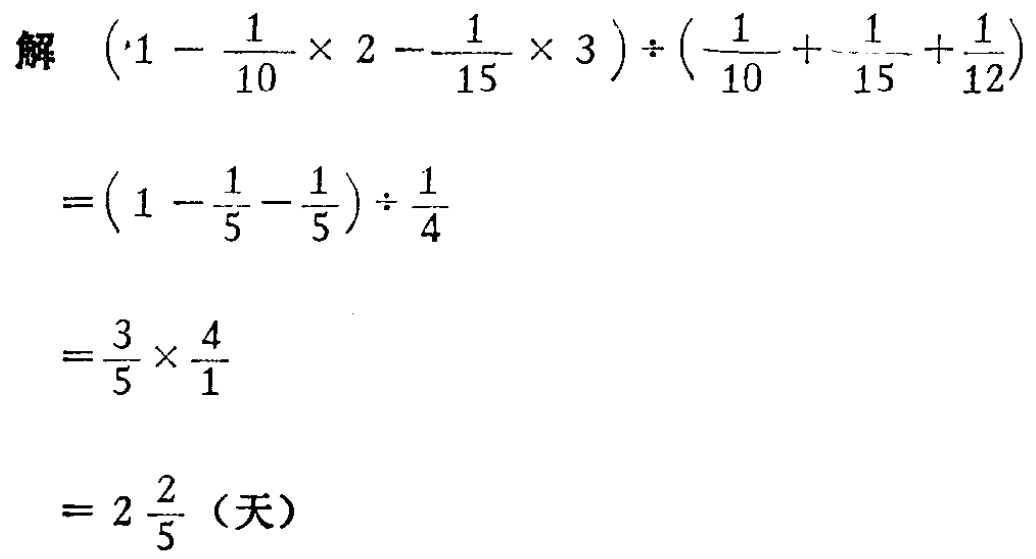
\[

\begin{align*}

&\text{解 } \left(1 - \frac{1}{10} \times 2 - \frac{1}{15} \times 3\right) \div \left(\frac{1}{10} + \frac{1}{15} + \frac{1}{12}\right)\\

=&\left(1 - \frac{1}{5} - \frac{1}{5}\right) \div \frac{1}{4}\\

=&\frac{3}{5} \times \frac{4}{1}\\

=& 2\frac{2}{5} \text{（天）}

\end{align*}

\]